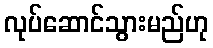
လုပ်ဆောင်သွားမည်ဟု